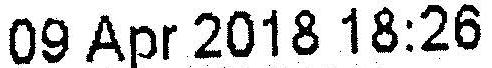
09 APR 2018 18:26